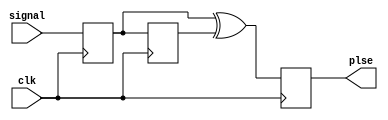
module PLSE_GEN(
input clk,
input signal,
output plse);

reg plse;


reg q1,q2, out;


always@(posedge clk)
begin
	q1<=signal;
	q2<=q1;
	plse<=q1^q2;
end

endmodule